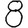
Digit: 8